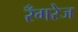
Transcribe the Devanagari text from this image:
रँगरेज